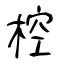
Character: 椌